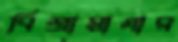
বিশ্রামাগার